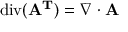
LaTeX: \operatorname { d i v } ( \mathbf { A ^ { T } } ) = \nabla \cdot \mathbf { A }